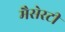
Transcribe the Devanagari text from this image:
मैसेरटी